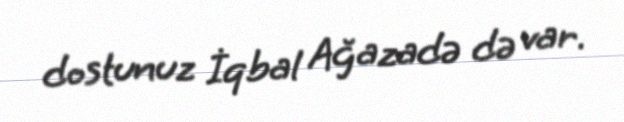
dostunuz İqbal Ağazadə də var.